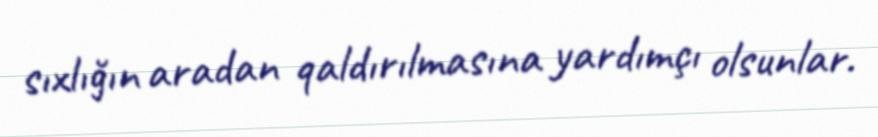
sıxlığın aradan qaldırılmasına yardımçı olsunlar.